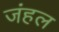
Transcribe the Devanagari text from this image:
जंहल